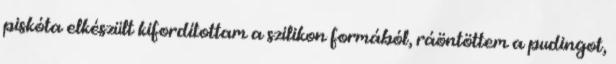
piskóta elkészült kifordítottam a szilikon formából, ráöntöttem a pudingot,